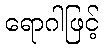
ရောဂါဖြင့်